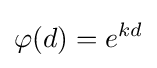
\varphi (d)=e^{kd}